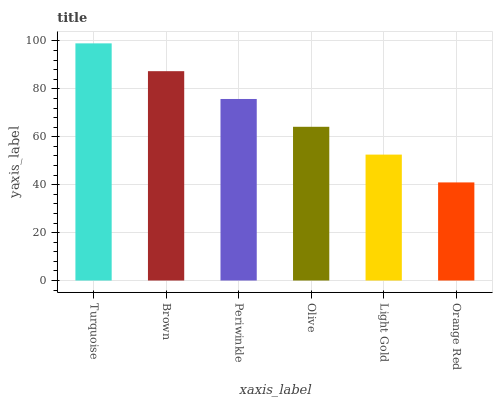
| xaxis_label | bars |
 | --- | --- |
 | Turquoise | 99 |
 | Brown | 87.4 |
 | Periwinkle | 75.8 |
 | Olive | 64.2 |
 | Light Gold | 52.6 |
 | Orange Red | 41 |